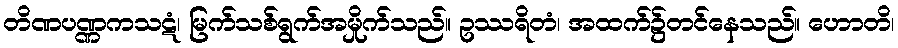
တိဏပဏ္ဏကသဋံ၊ မြက်သစ်ရွက်အမှိုက်သည်။ ဥဿရိတံ၊ အထက်၌တင်နေသည်။ ဟောတိ၊